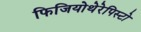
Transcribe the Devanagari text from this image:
फिजियोथेरेपिस्टो